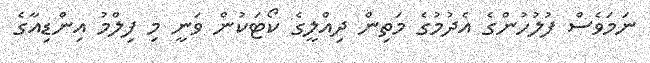
ނަމަވެސް ފުލުހުންގެ އެދުމުގެ މަތިން ދިއްލީގެ ކޯޓަކުން ވަނީ މި ފިލްމު އިންޑިއާގެ